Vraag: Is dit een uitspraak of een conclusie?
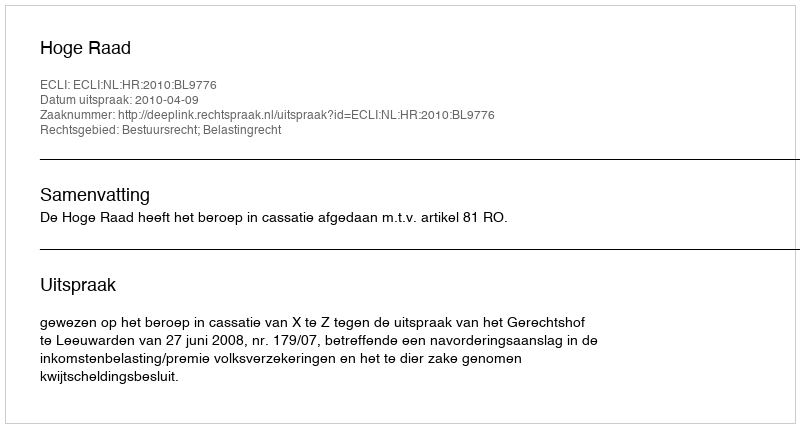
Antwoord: Uitspraak